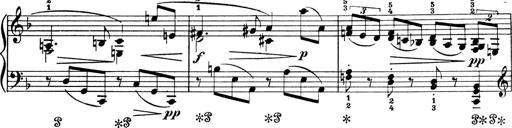
Title: 4 Sonatines
Composer: Max Reger